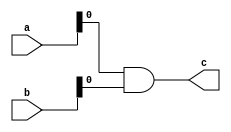
`timescale 1ns / 1ps
//////////////////////////////////////////////////////////////////////////////////
// Company: 
// Engineer: 
// 
// Design Name: 
// Module Name: and_fact
// Project Name: 
// Target Devices: 
// Tool Versions: 
// Description: 
// 
// Dependencies: 
// 
// Revision:
// Revision 0.01 - File Created
// Additional Comments:
// 
//////////////////////////////////////////////////////////////////////////////////


module and_fact #(parameter WIDTH = 32)(
    input [WIDTH - 1:0] a, b,
    output wire c
    );
    
    assign c = a & b;
endmodule